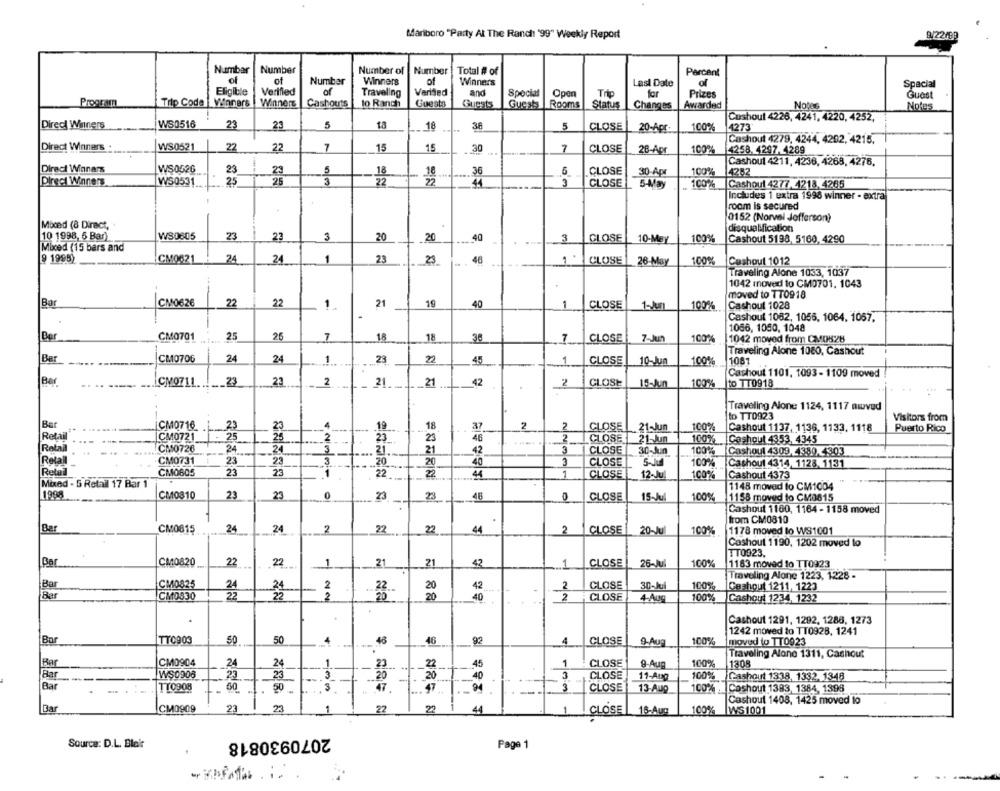
Mariboro "Party At The Ranch '99" Weekly Report
9/22/60
Number
Number
Number of
Number
Total # of
Parcent
of
of
Number
Winners
of
Winners
Last Date
of
Spacial
Eligible
Verified
of
Traveling
Verified
and
Special
Open
Trip
for
Prizes
Guest
Program
Trip Code | Winners
Winners
Cashouts
to Ranch
Guests
Rooms
Status
Guests
Guest
Changes
Awarded
Notes
Notes
Cushout 4226, 4241, 4220, 4252,
Dired Winners
WS0516
23
23
5
18
18
36
5
CLOSE
20-Apr
100%
4273
Cashout 4279, 4244, 4202, 4215.
Direct Winners
WS0521
22
22
7
15
15
30
7
CLOSE
28-Apr
100%
4258. 4297. 4289
Cashout 4211, 4236, 4268, 4276.
Direct Winnars
WS0526
23
23
5
36
5
CLOSE
30-Ap
100%
4282
Direct Winners
W50531.
25
3
- 2
+ 32
44
3
CLOSE
100% Cashout 4277. 4218, 4265
Includes 1 extra 1998 winner . extra
room is secured
0152 (Norvel Jefferson)
Mixed (8 Direct,
disqualification
10 1998, 5 Bar)
W30605
23
27
3
20
20
40
3
CLOSE
100%
10-May
Cashout 5198, 5160, 4290
Mixed (15 bars and
9 1998)
CM0621
24
24
1
23
23
46
1.
CLOSE
26-May
100%
Cashout 1012
Traveling Alone 1033, 1037
1042 moved to CM0701. 1043
.
moved to TT0918
Bar
CM0626
22
22
1
21
19
40
1
CLOSE
100%
Cashout 1028
Cashout 1062, 1056, 1064. 1057.
1066, 1050, 1048
Ber
CM0701
25
25
7
18
18
38
7
CLOSE
7-Jun
100%
1042 moved from CM0828
Ber
Traveling Alone 1080, Cashout
CM0706
24
24
1
23
22
45
CLOSE
10-Jun
100%
1081
Cashout 1101, 1093- 1109 moved
Ber
23
23
2
CMQ711
21
21
42
_2
CLOSE
18-Jun
100%
to TT0918
Traveling Alone 1124, 1117 mwved
to TT0923
Visitors from
CMQ716
.23
18
37
2
2
CLOSE
21-Jun
100%
Cashout 1137, 1136, 1133. 1118
Puerto Rico
Retail
CM0721
25
46
2
CLOSE
21. Jun
100%
Geshout 4353, 4345
Łałall
CM0726
2
24
21.
21
42
3
CLOSE
30-Jun
100% |Cashout 4309, 380, 4303
CM0731
23
23
3
20
20
40
3
CLOSE
5-JM
100% Cashout 4314. 1128. 1131
Retail
CM0605
23
22
22
2
44
1
CLOSE
12-Ju
100%
Cashout 4373
Mixed - 5 Retail 17 Bar 1
1148 moved to CM1004
1998
CM0810
23
23
0
23
28
46
CLOSE
15-Ju
100%
1158 moved to CM0815
Cashout 1160, 1164 - 1158 moved
from CM0810
Bar
CM0815
24
24
2
22
22
44
2
20-Jul
100%
1178 moved to WS1001
CLOSE
Cashout 1190, 1202 moved lo
TT0923.
Ba
CM0820
22
22
1
21
21
42
1
CLOSE
100%
1183 moved to TT0923
26-Ju
Traveling Alone 1223, 1228 -
Bar
CM0825
24
CLOSE
100%
Cashout 1211, 1223
Bar
24
2
42
CM0830
22
~22
88
40
- 2
CLOSE
100%
Cashout 1234, 1232
.
Cashout 1291, 1292, 1288, 1273
1242 moved to TT0928, 1241
Bar
TT0903
50
50
4
46
46
92
4
CLOSE
9-Aug
100%
moved to TT0923
-
Traveling Alone 1311, Cashout
Bar
CM0904
24
24
1
45
1
CLOSE
9.Aug
100%
1308
Bar
WS0906
.23
23
3
1-
20
40
CLOSE
11-Aug
100% Cashout 1338, 1332. 1348
Bar
TTO908
50
3
47
CLOSE
13-Aug
100% . Cashout 1383, 1384, 1396
1
.
-1
Cashout 1408, 1425 moved to
CM0909
23
23
1
22
22
44
1
CLOSE
18-Aug
100%
WS1001
2070930818
Source: D.L. Blair
Page 1
-DET.i.